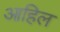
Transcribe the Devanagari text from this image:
आहिल